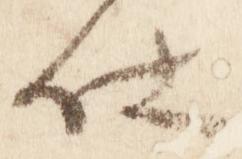
仕